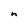
Character: n